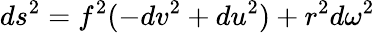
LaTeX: ds^{2}=f^{2}(-dv^{2}+du^{2})+r^{2}d\omega^{2}